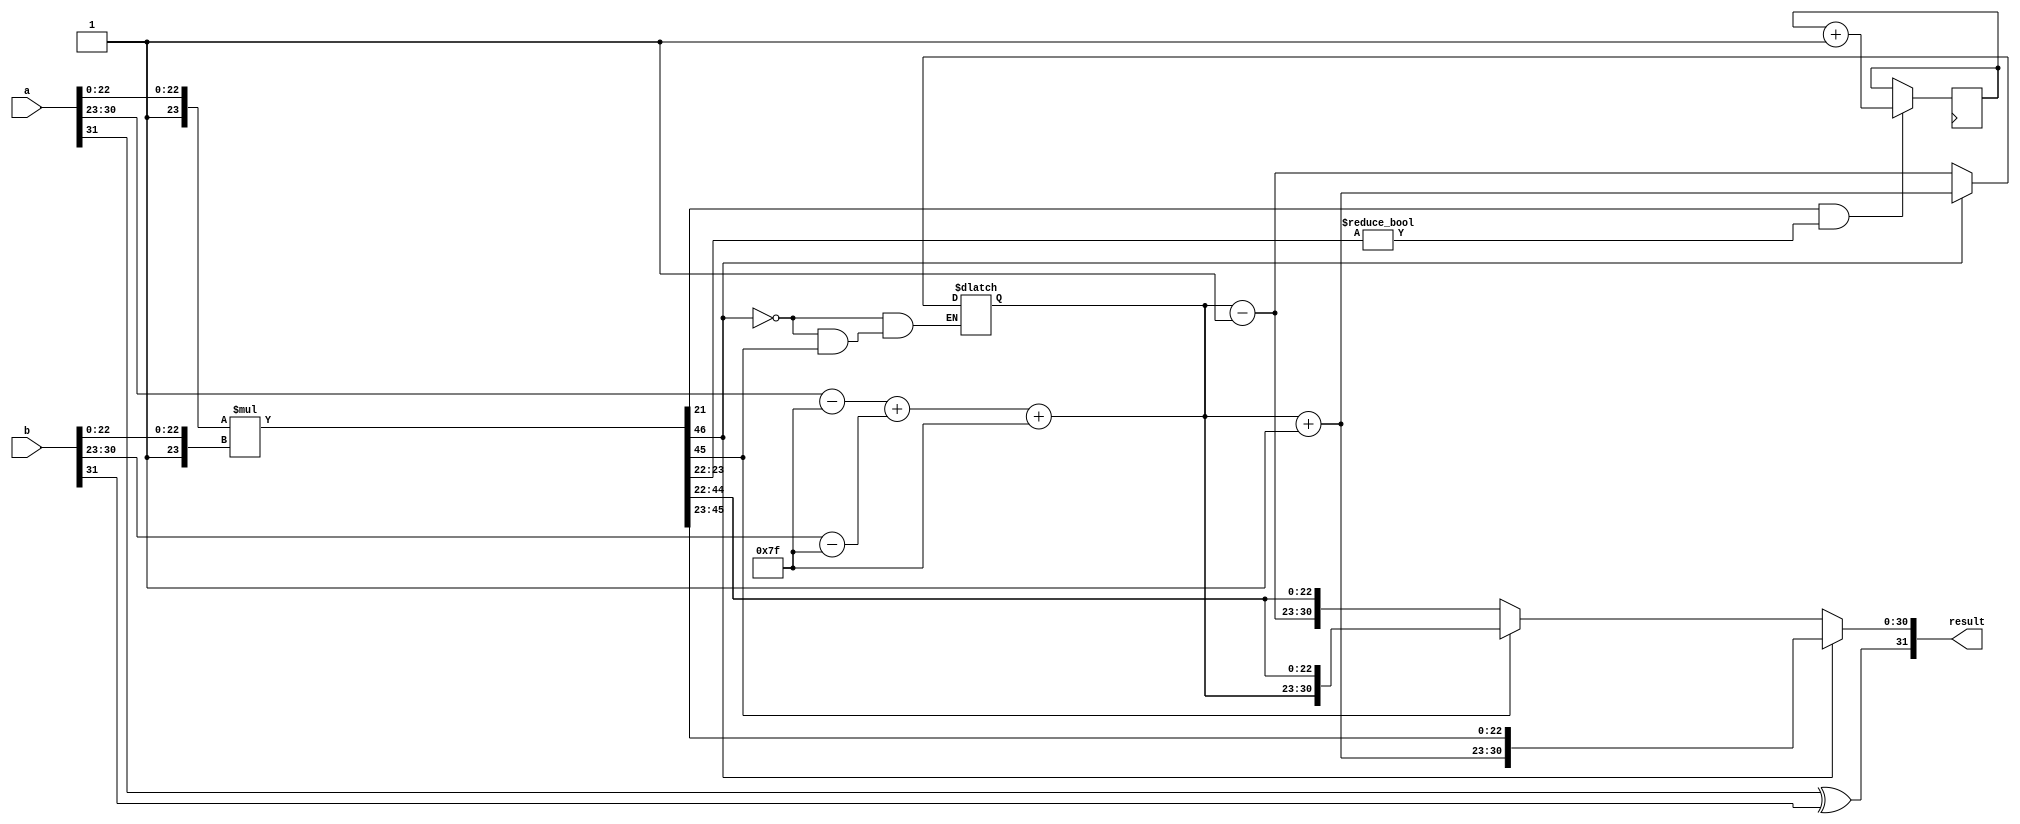
module radix2_fp_multiplier (
    input wire [31:0] a,  // First input: 32-bit IEEE 754
    input wire [31:0] b,  // Second input: 32-bit IEEE 754
    output reg [31:0] result // Output: 32-bit IEEE 754
);

    // Constants
    parameter BIAS = 127;
    
    // Internal signals
    wire s_a, s_b;            // Signs
    wire [7:0] e_a, e_b;     // Exponents
    wire [23:0] m_a, m_b;    // Significands (including implicit leading 1)
    reg [46:0] m_product;     // Product for significand multiplication (46 bits)
    
    reg [7:0] e_result;       // Result exponent
    reg s_result;             // Result sign
    
    // Decomposing inputs
    assign s_a = a[31];
    assign e_a = a[30:23];
    assign m_a = {1'b1, a[22:0]}; // Add implicit leading 1
    
    assign s_b = b[31];
    assign e_b = b[30:23];
    assign m_b = {1'b1, b[22:0]}; // Add implicit leading 1
    
    // Sign calculation
    always @(*) begin
        s_result = s_a ^ s_b; // Result sign
    end

    // Exponent calculation
    always @(*) begin
        e_result = (e_a - BIAS) + (e_b - BIAS) + BIAS; // Adjust exponents
    end

    // Significand multiplication
    always @(*) begin
        m_product = m_a * m_b;  // Multiply significands
    end

    // Normalization
    always @(*) begin
        if (m_product[46]) begin
            // Product >= 2
            e_result = e_result + 1; // Increment exponent
            result = {s_result, e_result[7:0], m_product[45:23]}; // Right shift
        end else if (m_product[45]) begin
            // Product is normalized
            result = {s_result, e_result[7:0], m_product[44:22]};
        end else begin
            // Left shift if not normalized
            e_result = e_result - 1; // Decrement exponent
            result = {s_result, e_result[7:0], m_product[44:22]}; // Left shift
        end
    end
    
    // Rounding (simple rounding to nearest)
    always @(posedge clk) begin
        if ((m_product[21] & (m_product[23:22] != 2'b00)) == 1) begin
            result[22:0] = result[22:0] + 1; // Round up
        end
    end

endmodule